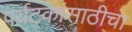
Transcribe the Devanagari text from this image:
पर्यटकांसाठीचा